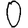
Digit: 0